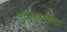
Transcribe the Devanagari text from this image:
गुळपापडीचा